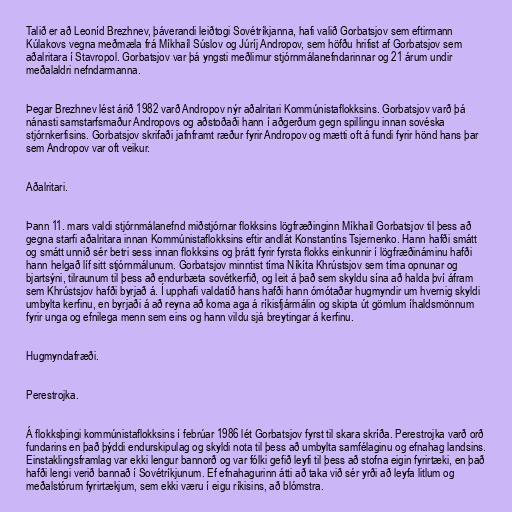
Talið er að Leoníd Brezhnev, þáverandi leiðtogi Sovétríkjanna, hafi valið Gorbatsjov sem eftirmann
Kúlakovs vegna meðmæla frá Míkhaíl Súslov og Júríj Andropov, sem höfðu hrifist af Gorbatsjov sem
aðalritara í Stavropol. Gorbatsjov var þá yngsti meðlimur stjórnmálanefndarinnar og 21 árum undir
meðalaldri nefndarmanna.

Þegar Brezhnev lést árið 1982 varð Andropov nýr aðalritari Kommúnistaflokksins. Gorbatsjov varð þá
nánasti samstarfsmaður Andropovs og aðstoðaði hann í aðgerðum gegn spillingu innan sovéska
stjórnkerfisins. Gorbatsjov skrifaði jafnframt ræður fyrir Andropov og mætti oft á fundi fyrir hönd hans þar
sem Andropov var oft veikur.

Aðalritari.

Þann 11. mars valdi stjórnmálanefnd miðstjórnar flokksins lögfræðinginn Míkhaíl Gorbatsjov til þess að
gegna starfi aðalritara innan Kommúnistaflokksins eftir andlát Konstantíns Tsjernenko. Hann hafði smátt
og smátt unnið sér betri sess innan flokksins og þrátt fyrir fyrsta flokks einkunnir í lögfræðináminu hafði
hann helgað líf sitt stjórnmálunum. Gorbatsjov minntist tíma Níkíta Khrústsjov sem tíma opnunar og
bjartsýni, tilraunum til þess að endurbæta sovétkerfið, og leit á það sem skyldu sína að halda því áfram
sem Khrústsjov hafði byrjað á. Í upphafi valdatíð hans hafði hann ómótaðar hugmyndir um hvernig skyldi
umbylta kerfinu, en byrjaði á að reyna að koma aga á ríkisfjármálin og skipta út gömlum íhaldsmönnum
fyrir unga og efnilega menn sem eins og hann vildu sjá breytingar á kerfinu.

Hugmyndafræði.

Perestrojka.

Á flokksþingi kommúnistaflokksins í febrúar 1986 lét Gorbatsjov fyrst til skara skríða. Perestrojka varð orð
fundarins en það þýddi endurskipulag og skyldi nota til þess að umbylta samfélaginu og efnahag landsins.
Einstaklingsframlag var ekki lengur bannorð og var fólki gefið leyfi til þess að stofna eigin fyrirtæki, en það
hafði lengi verið bannað í Sovétríkjunum. Ef efnahagurinn átti að taka við sér yrði að leyfa litlum og
meðalstórum fyrirtækjum, sem ekki væru í eigu ríkisins, að blómstra.